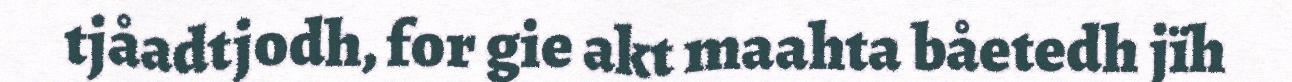
tjåadtjodh, for gie akt maahta båetedh jïh